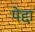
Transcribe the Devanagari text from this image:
पेद्दा